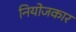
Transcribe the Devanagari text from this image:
नियोजकार